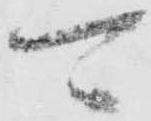
可